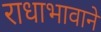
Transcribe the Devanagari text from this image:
राधाभावाने